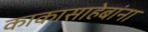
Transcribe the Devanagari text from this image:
काकासाहेबांना